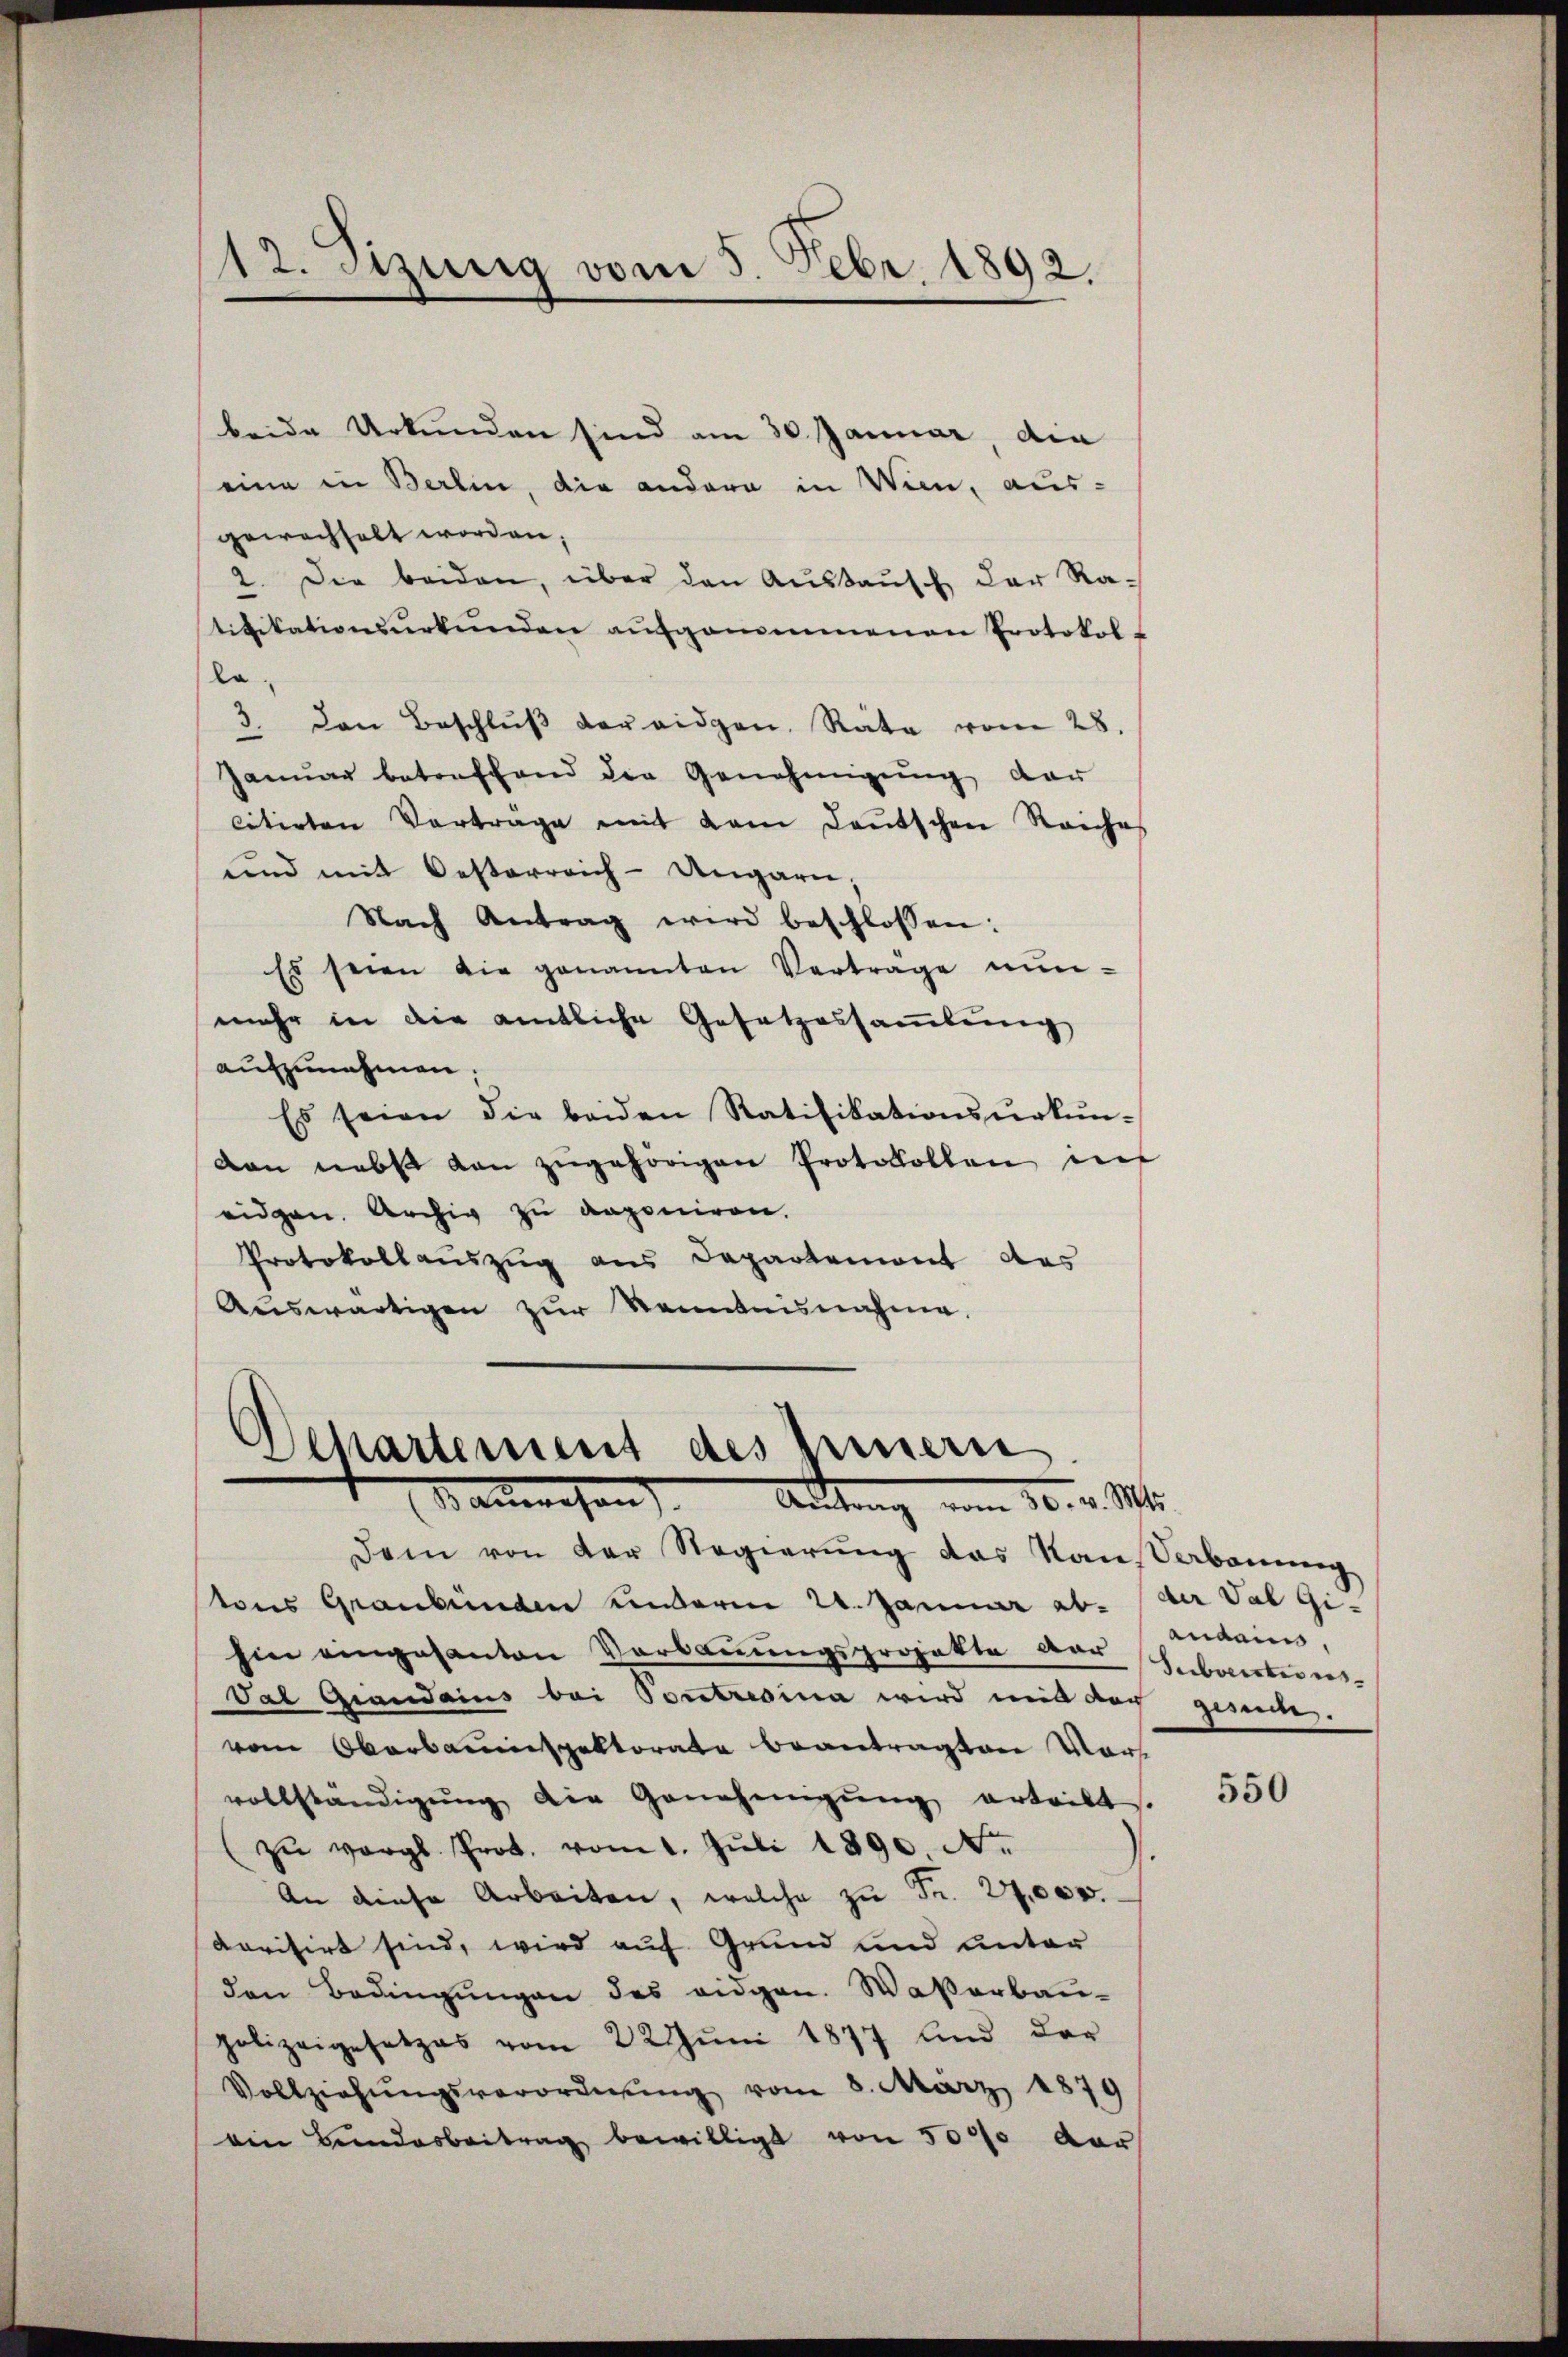
12. Setzung vom 5. Febr 1892.

beide Urkunden sind am 30. Januar, die
eine in Berlin, die andern in Wien, ausgewachselt worden,
2. Die beiden, über den Aŭsbaŭsch der Ra-
tifikationsŭrkŭnden aŭfgenommenen Protokol-
la¬
3. Den Beschlŭβ der eidgen. Rata vom 28.
Januar betreffend die Genehmigŭng der
citirten Verträge mit dem deŭtschen Reiches
und mit Oesterreich-Ungarn,
Nach Antrag wird beschlossen:
Es seien die genannten Vertrage nŭn-
mehr in die amtliche Gesetzessammlung
aufzunehmen;
Es seien die beiden Ratifikationsŭrkŭn-
dan nebst von zugehörigen Protokollen ins
eidgen. Archiv zu deponiren.
Protokollauszug aus Departement des
Auswärtigen zur Kenntnisnahme.

¬
.
Departement des Innern
Bauwesen). Antrag vom 30. v. Mts.

Dem von der Regierung das Kaiserbauung
tons Graubünden unterm 24. Januar ab. Der Val gihin eingesanten Vorkannungsprojekte dar
Val Giaudaius bei Contresina wird mit der gesuches.
vom Oberbauinspektorate beantragten Vors
vollständigŭng die Genehmigŭng erteilt.
zŭ vergl. Prot. vom 1. Jŭli 1890. No.
An diese Arbeiten, welche zŭ Fr. 27,000.
dorisirt sind, wird auf Grund und unter
den Bedingungen des eidgen. Waßerbau-
polizeigesetzes vom 22 Jŭni 1877 und der
Vollziehŭngsverordnŭng vom 8. März 1879
ein Bundesbeitrag bewilligt von 50000 ver

andams
Sebaster es

550